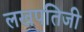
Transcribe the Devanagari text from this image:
लखपतिजी